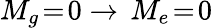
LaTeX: M_{g}\! =\! 0\to\, M_{e}\! =\! 0